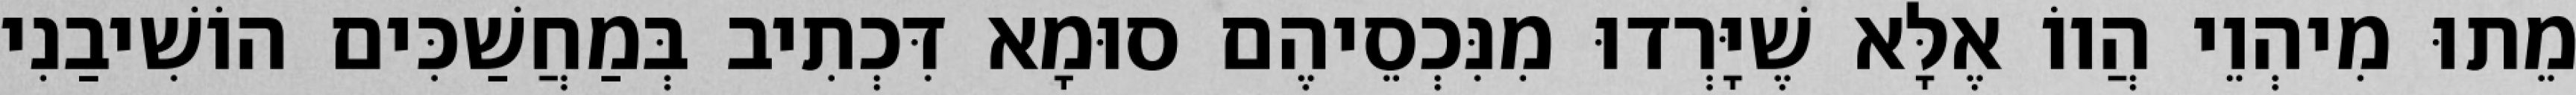
מֵתוּ מִיהְוֵי הֲווֹ אֶלָּא שֶׁיָּרְדוּ מִנִּכְסֵיהֶם סוּמָא דִּכְתִיב בְּמַחֲשַׁכִּים הוֹשִׁיבַנִי